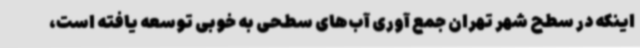
اینکه در سطح شهر تهران جمع آوری آب‌های سطحی به خوبی توسعه یافته است،